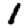
Digit: 1